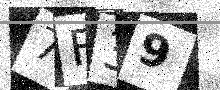
Text: 7F39